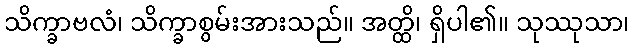
သိက္ခာဗလံ၊ သိက္ခာစွမ်းအားသည်။ အတ္ထိ၊ ရှိပါ၏။ သုဿုသာ၊